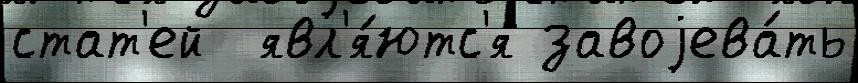
стат'ей  явл'я́ютс'я завоjева́ть